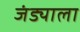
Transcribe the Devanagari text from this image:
जंड्याला